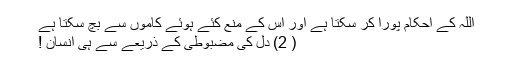
اللہ کے احکام پورا کر سکتا ہے اور اس کے منع کئے ہوئے کاموں سے بچ سکتا ہے
( 2) دل کی مضبوطی کے ذریعے سے ہی انسان !